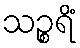
သဉ္စရိံ